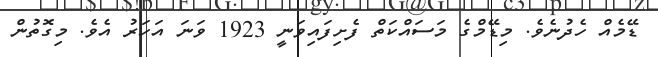
ޑޭމެއް ހެދުނެވެ. މިޑޭމްގެ މަސައްކަތް ފެށިފައިވަނީ 1923 ވަނަ އަހަރު އެވެ. މިގޮތުން